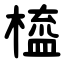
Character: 橀